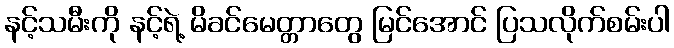
နင့်သမီးကို နင့်ရဲ့ မိခင်မေတ္တာတွေ မြင်အောင် ပြသလိုက်စမ်းပါ